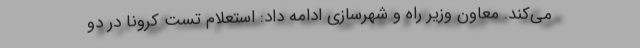
می‌کند. معاون وزیر راه و شهرسازی ادامه داد: استعلام تست کرونا در دو